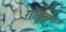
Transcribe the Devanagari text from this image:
गोमुत्र